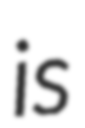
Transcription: is